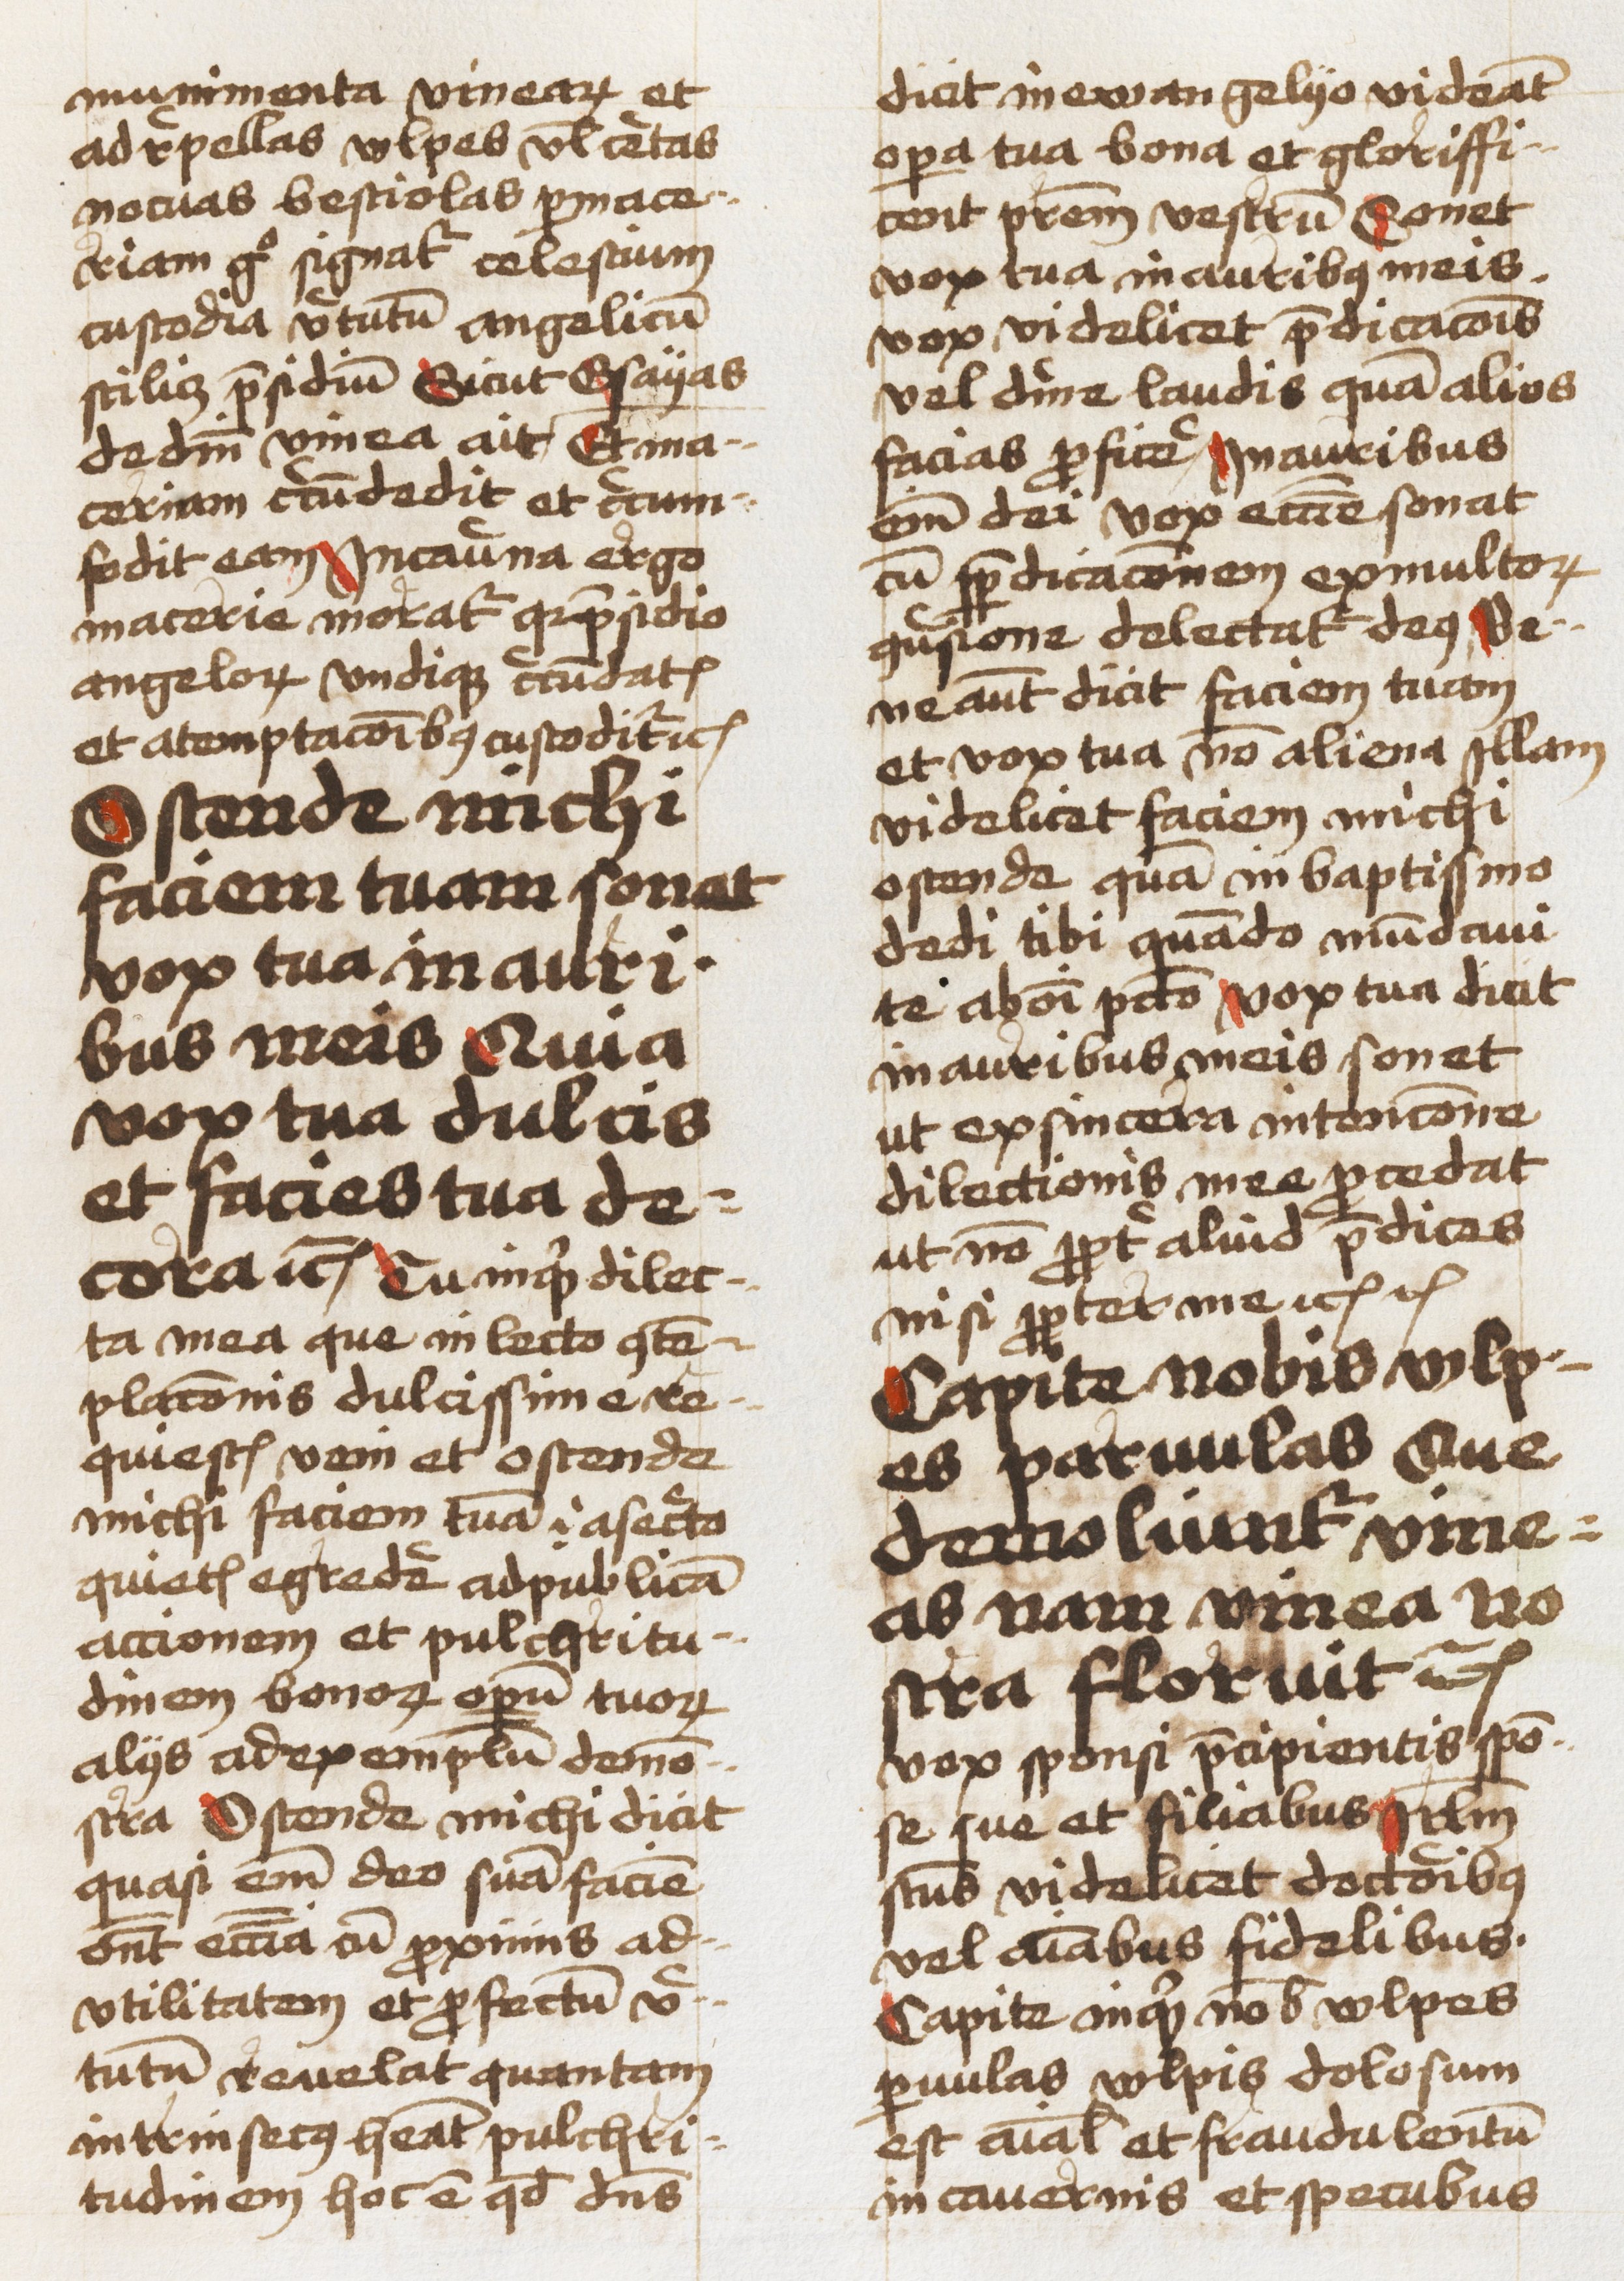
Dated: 1460–1460